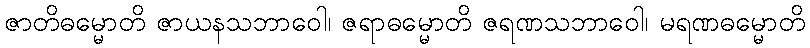
ဇာတိဓမ္မောတိ ဇာယနသဘာဝေါ၊ ဇရာဓမ္မောတိ ဇရဏသဘာဝေါ၊ မရဏဓမ္မောတိ